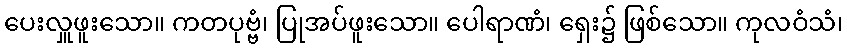
ပေးလှူဖူးသော။ ကတပုဗ္ဗံ၊ ပြုအပ်ဖူးသော။ ပေါရာဏံ၊ ရှေး၌ ဖြစ်သော။ ကုလဝံသံ၊